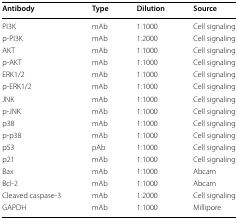
<table><thead><tr><td><b>Antibody</b></td><td><b>Type</b></td><td><b>Dilution</b></td><td><b>Source</b></td></tr></thead><tbody><tr><td>PI3K</td><td>mAb</td><td>1:1000</td><td>Cell signaling</td></tr><tr><td>p-PI3K</td><td>mAb</td><td>1:2000</td><td>Cell signaling</td></tr><tr><td>AKT</td><td>mAb</td><td>1:1000</td><td>Cell signaling</td></tr><tr><td>p-AKT</td><td>mAb</td><td>1:1000</td><td>Cell signaling</td></tr><tr><td>ERK1/2</td><td>mAb</td><td>1:1000</td><td>Cell signaling</td></tr><tr><td>p-ERK1/2</td><td>mAb</td><td>1:1000</td><td>Cell signaling</td></tr><tr><td>JNK</td><td>mAb</td><td>1:1000</td><td>Cell signaling</td></tr><tr><td>p-JNK</td><td>mAb</td><td>1:1000</td><td>Cell signaling</td></tr><tr><td>p38</td><td>mAb</td><td>1:1000</td><td>Cell signaling</td></tr><tr><td>p-p38</td><td>mAb</td><td>1:1000</td><td>Cell signaling</td></tr><tr><td>p53</td><td>pAb</td><td>1:1000</td><td>Cell signaling</td></tr><tr><td>p21</td><td>mAb</td><td>1:1000</td><td>Cell signaling</td></tr><tr><td>Bax</td><td>mAb</td><td>1:1000</td><td>Abcam</td></tr><tr><td>Bcl-2</td><td>mAb</td><td>1:1000</td><td>Abcam</td></tr><tr><td>Cleaved caspase-3</td><td>mAb</td><td>1:2000</td><td>Cell signaling</td></tr><tr><td>GAPDH</td><td>mAb</td><td>1:1000</td><td>Millipore</td></tr></tbody></table>